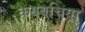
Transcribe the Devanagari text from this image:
कयबचिया